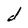
Character: d